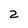
Character: 2